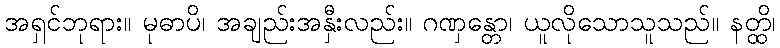
အရှင်ဘုရား။ မုဓာပိ၊ အချည်းအနှီးလည်း။ ဂဏှန္တော၊ ယူလိုသောသူသည်။ နတ္ထိ၊